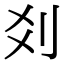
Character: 𠛄